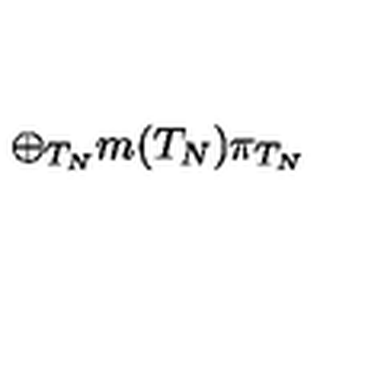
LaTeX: \oplus _ { T _ { N } } m ( T _ { N } ) \pi _ { T _ { N } } \,